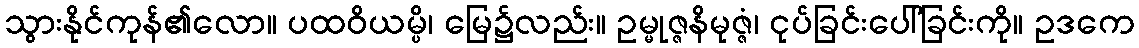
သွားနိုင်ကုန်၏လော။ ပထဝိယမ္ပိ၊ မြေ၌လည်း။ ဥမ္မုဇ္ဇနိမုဇ္ဇံ၊ ငုပ်ခြင်းပေါ်ခြင်းကို။ ဥဒကေ